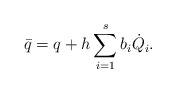
\begin{align*}\bar q = q + h\sum_{i=1}^{s} b_i \dot Q_i.\end{align*}